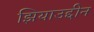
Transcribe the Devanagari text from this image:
झियाउद्दीन